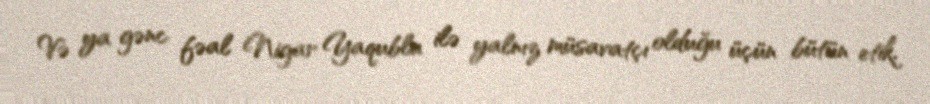
Və ya gənc fəal Nigar Yaqublu ilə yalnız müsavatçı olduğu üçün bütün etik,